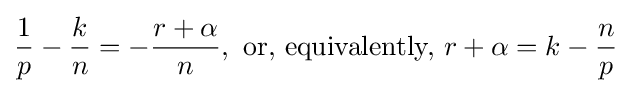
{\frac {1}{p}}-{\frac {k}{n}}=-{\frac {r+\alpha }{n}},{\mbox{ or, equivalently, }}r+\alpha =k-{\frac {n}{p}}